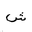
Letter: _shin